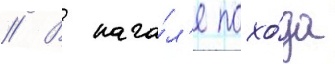
// В нача́л'е похо́да